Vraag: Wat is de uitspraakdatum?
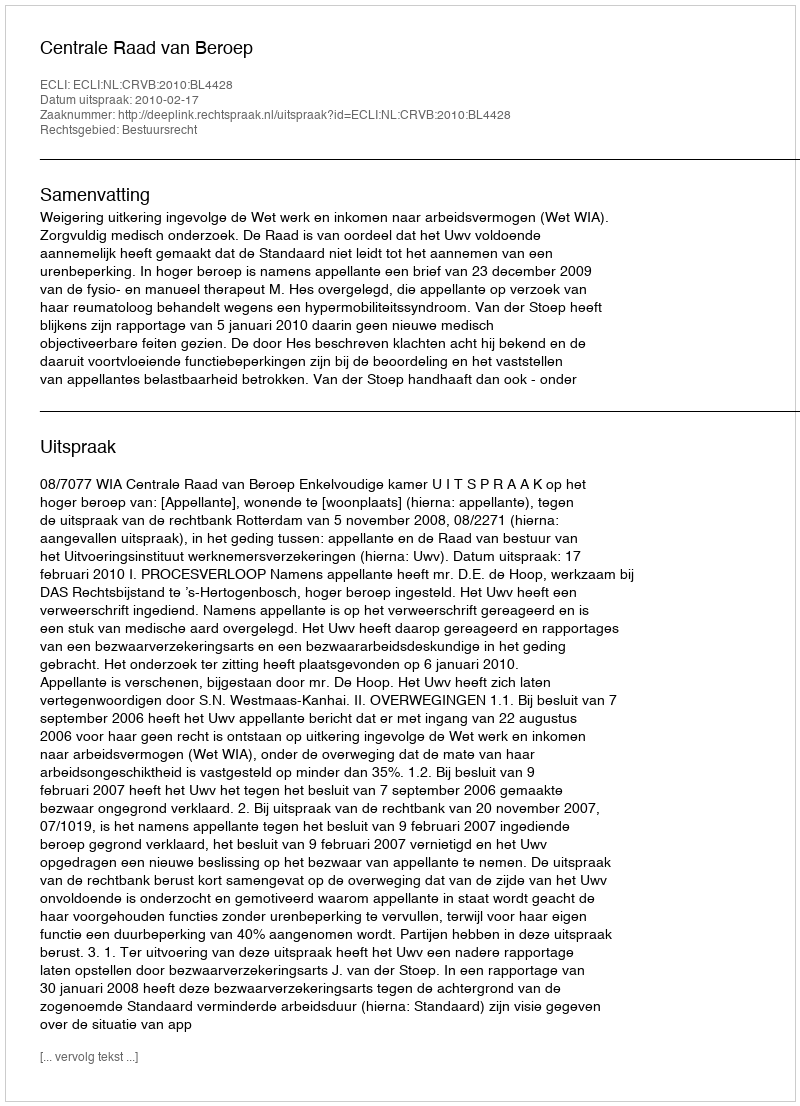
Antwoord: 2010-02-17